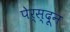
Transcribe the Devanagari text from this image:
पेर्स्दून